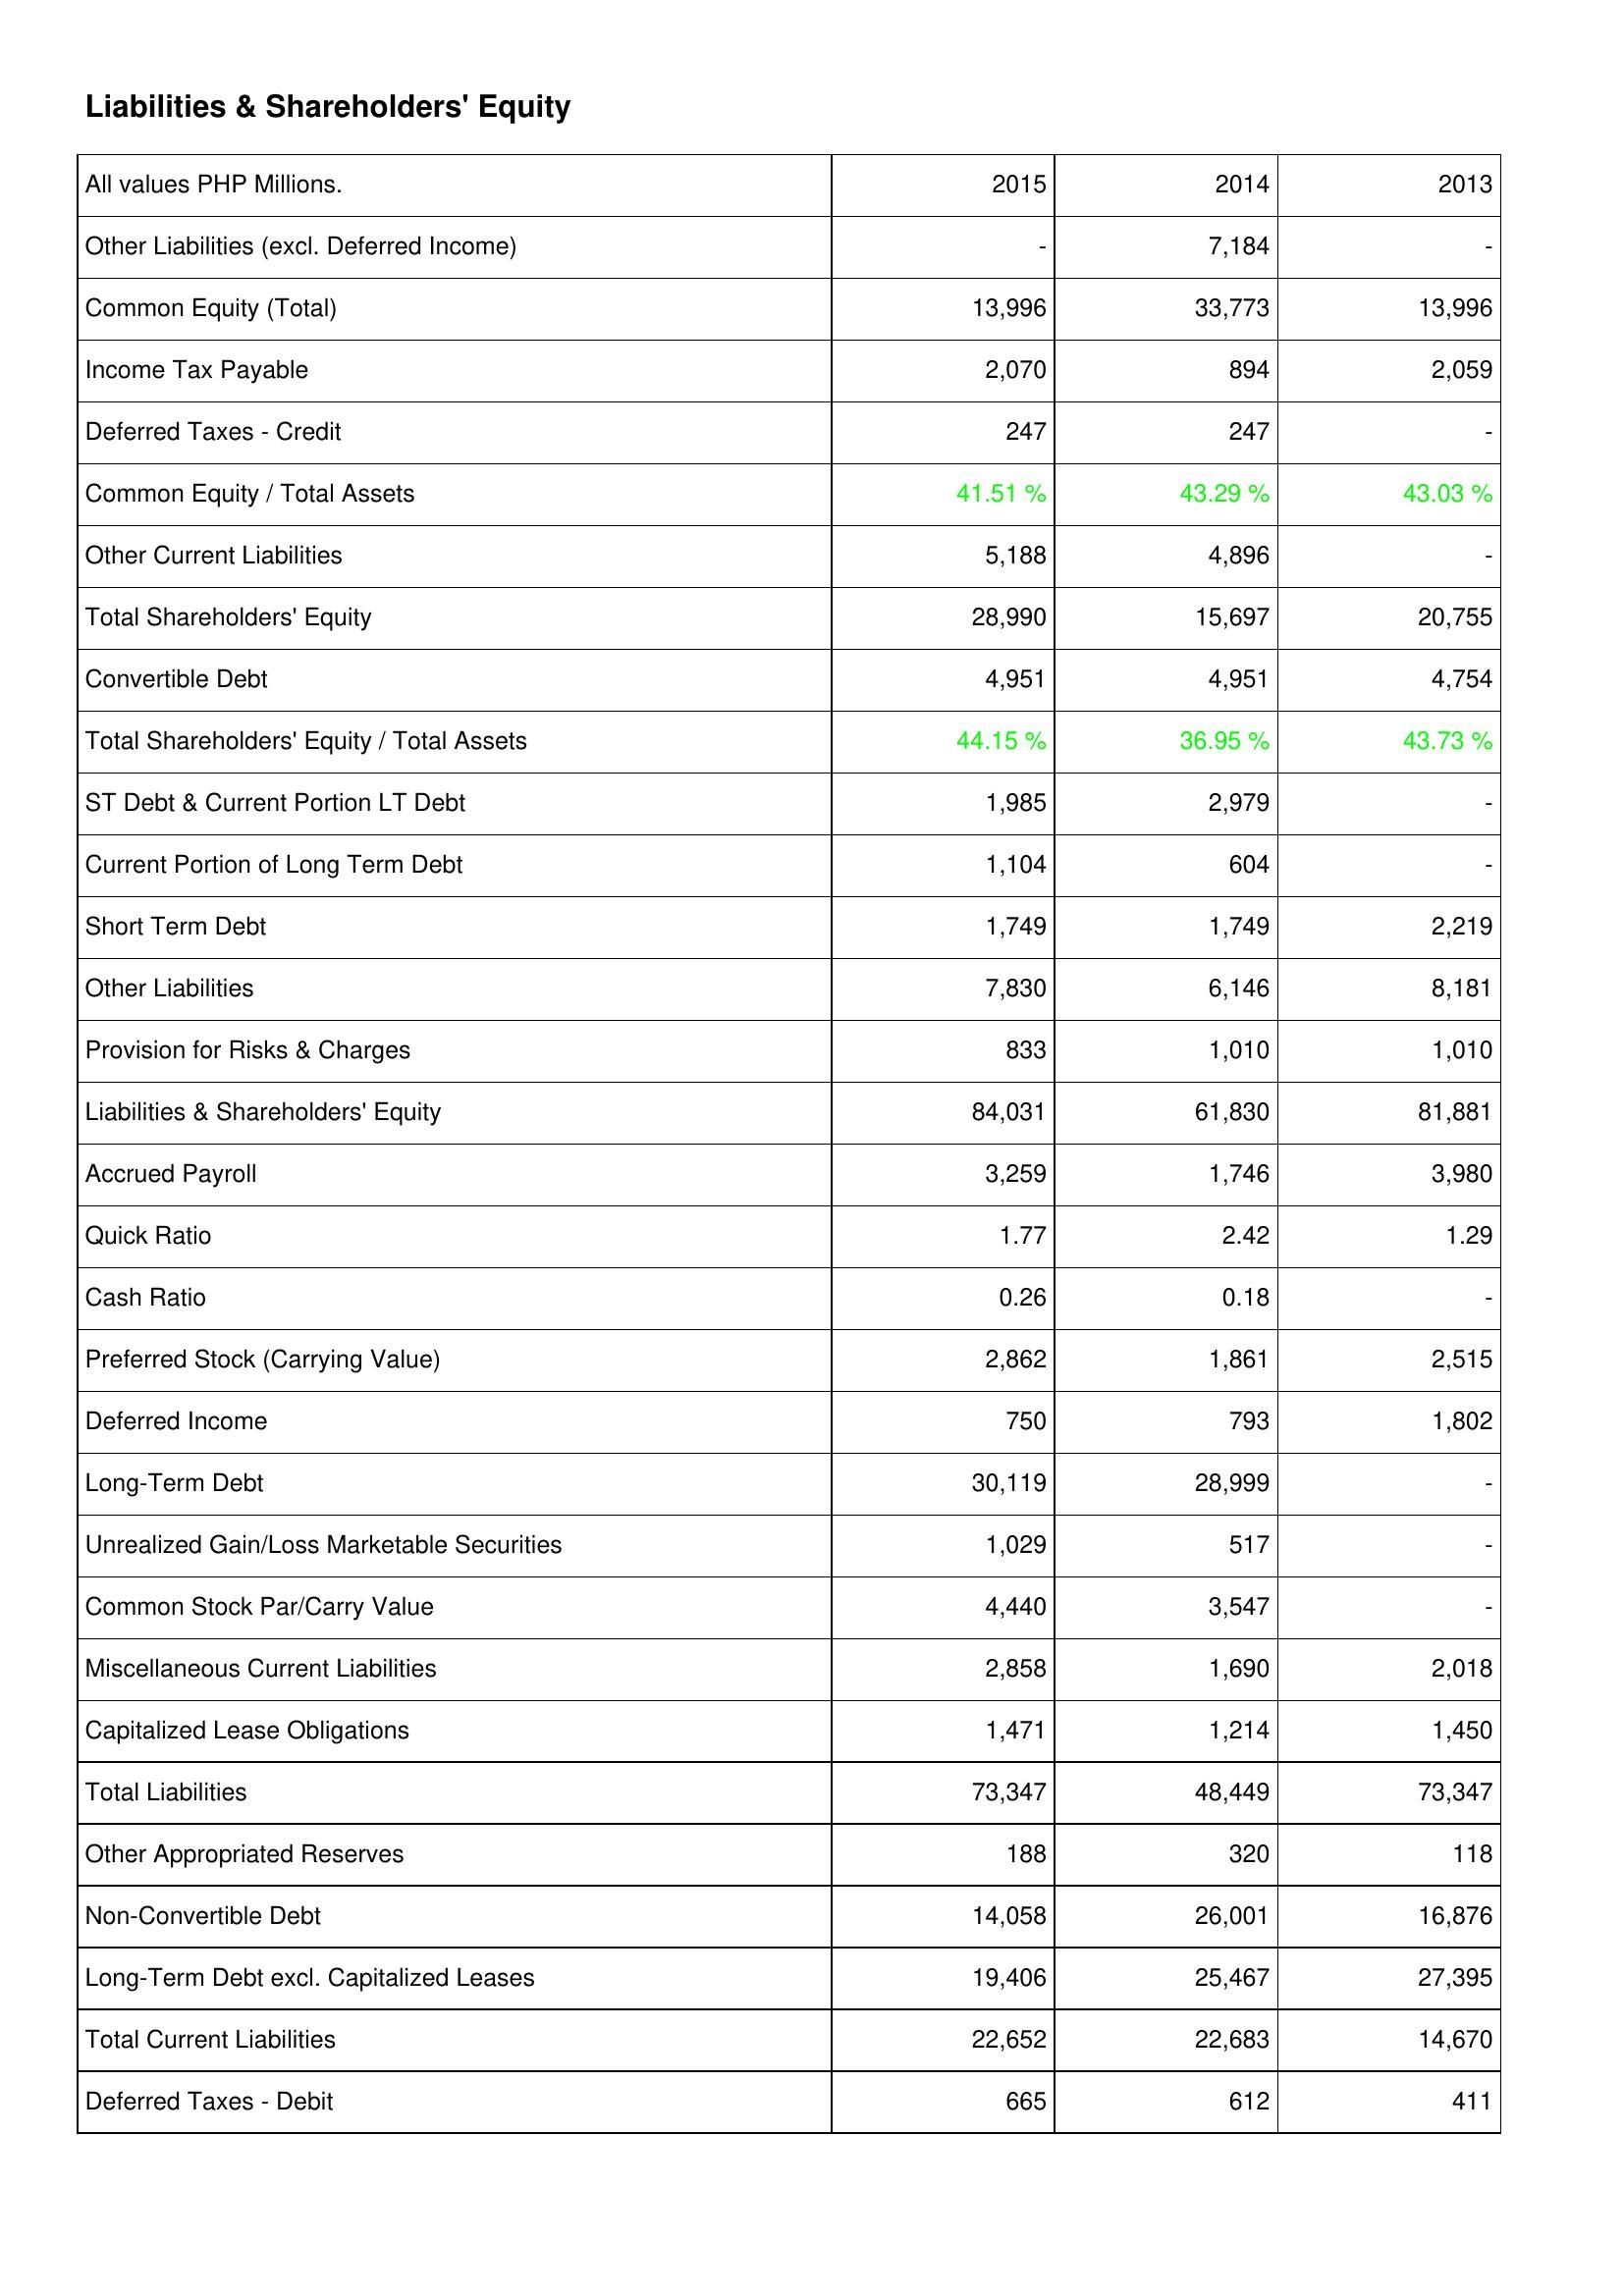
2015: Liabilities & Shareholders' Equity: Other Liabilities (excl. Deferred Income): -
Common Equity (Total): 13,996
Income Tax Payable: 2,070
Deferred Taxes - Credit: 247
Common Equity / Total Assets: 41.51 %
Other Current Liabilities: 5,188
Total Shareholders' Equity: 28,990
Convertible Debt: 4,951
Total Shareholders' Equity / Total Assets: 44.15 %
ST Debt & Current Portion LT Debt: 1,985
Current Portion of Long Term Debt: 1,104
Short Term Debt: 1,749
Other Liabilities: 7,830
Provision for Risks & Charges: 833
Liabilities & Shareholders' Equity: 84,031
Accrued Payroll: 3,259
Quick Ratio: 1.77
Cash Ratio: 0.26
Preferred Stock (Carrying Value): 2,862
Deferred Income: 750
Long-Term Debt: 30,119
Unrealized Gain/Loss Marketable Securities: 1,029
Common Stock Par/Carry Value: 4,440
Miscellaneous Current Liabilities: 2,858
Capitalized Lease Obligations: 1,471
Total Liabilities: 73,347
Other Appropriated Reserves: 188
Non-Convertible Debt: 14,058
Long-Term Debt excl. Capitalized Leases: 19,406
Total Current Liabilities: 22,652
Deferred Taxes - Debit: 665
2014: Liabilities & Shareholders' Equity: Other Liabilities (excl. Deferred Income): 7,184
Common Equity (Total): 33,773
Income Tax Payable: 894
Deferred Taxes - Credit: 247
Common Equity / Total Assets: 43.29 %
Other Current Liabilities: 4,896
Total Shareholders' Equity: 15,697
Convertible Debt: 4,951
Total Shareholders' Equity / Total Assets: 36.95 %
ST Debt & Current Portion LT Debt: 2,979
Current Portion of Long Term Debt: 604
Short Term Debt: 1,749
Other Liabilities: 6,146
Provision for Risks & Charges: 1,010
Liabilities & Shareholders' Equity: 61,830
Accrued Payroll: 1,746
Quick Ratio: 2.42
Cash Ratio: 0.18
Preferred Stock (Carrying Value): 1,861
Deferred Income: 793
Long-Term Debt: 28,999
Unrealized Gain/Loss Marketable Securities: 517
Common Stock Par/Carry Value: 3,547
Miscellaneous Current Liabilities: 1,690
Capitalized Lease Obligations: 1,214
Total Liabilities: 48,449
Other Appropriated Reserves: 320
Non-Convertible Debt: 26,001
Long-Term Debt excl. Capitalized Leases: 25,467
Total Current Liabilities: 22,683
Deferred Taxes - Debit: 612
2013: Liabilities & Shareholders' Equity: Other Liabilities (excl. Deferred Income): -
Common Equity (Total): 13,996
Income Tax Payable: 2,059
Deferred Taxes - Credit: -
Common Equity / Total Assets: 43.03 %
Other Current Liabilities: -
Total Shareholders' Equity: 20,755
Convertible Debt: 4,754
Total Shareholders' Equity / Total Assets: 43.73 %
ST Debt & Current Portion LT Debt: -
Current Portion of Long Term Debt: -
Short Term Debt: 2,219
Other Liabilities: 8,181
Provision for Risks & Charges: 1,010
Liabilities & Shareholders' Equity: 81,881
Accrued Payroll: 3,980
Quick Ratio: 1.29
Cash Ratio: -
Preferred Stock (Carrying Value): 2,515
Deferred Income: 1,802
Long-Term Debt: -
Unrealized Gain/Loss Marketable Securities: -
Common Stock Par/Carry Value: -
Miscellaneous Current Liabilities: 2,018
Capitalized Lease Obligations: 1,450
Total Liabilities: 73,347
Other Appropriated Reserves: 118
Non-Convertible Debt: 16,876
Long-Term Debt excl. Capitalized Leases: 27,395
Total Current Liabilities: 14,670
Deferred Taxes - Debit: 411